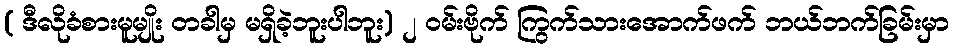
( ဒီလိုခံစားမူမျိုး တခါမှ မရှိခဲ့ဘူးပါဘူး) ၂ ဝမ်းဗိုက် ကြွက်သားအောက်ဖက် ဘယ်ဘက်ခြမ်းမှာ